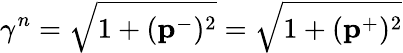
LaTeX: \gamma^{n}=\sqrt{1+(\mathbf{p}^{-})^{2}}=\sqrt{1+(\mathbf{p}^{+})^{2}}